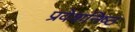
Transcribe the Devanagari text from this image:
प्रवेशनिष्ठ